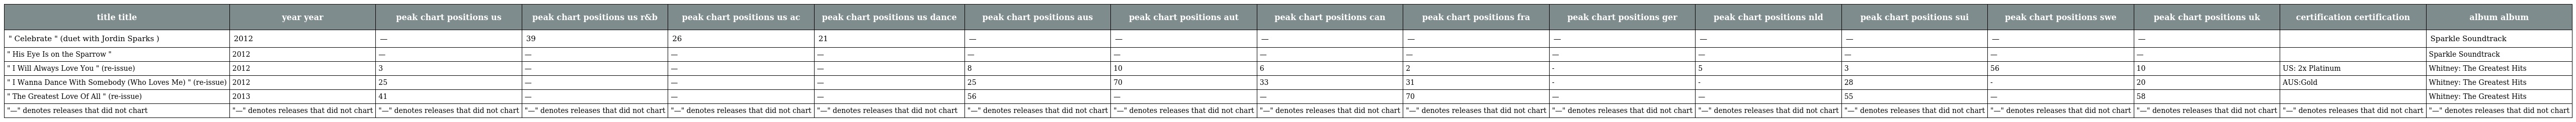
| title title | year year | peak chart positions us | peak chart positions us r&b | peak chart positions us ac | peak chart positions us dance | peak chart positions aus | peak chart positions aut | peak chart positions can | peak chart positions fra | peak chart positions ger | peak chart positions nld | peak chart positions sui | peak chart positions swe | peak chart positions uk | certification certification | album album |
 | --- | --- | --- | --- | --- | --- | --- | --- | --- | --- | --- | --- | --- | --- | --- | --- | --- |
 | " Celebrate " (duet with Jordin Sparks ) | 2012 | — | 39 | 26 | 21 | — | — | — | — | — | — | — | — | — |  | Sparkle Soundtrack |
 | " His Eye Is on the Sparrow " | 2012 | — | — | — | — | — | — | — | — | — | — | — | — | — |  | Sparkle Soundtrack |
 | " I Will Always Love You " (re-issue) | 2012 | 3 | — | — | — | 8 | 10 | 6 | 2 | - | 5 | 3 | 56 | 10 | US: 2x Platinum | Whitney: The Greatest Hits |
 | " I Wanna Dance With Somebody (Who Loves Me) " (re-issue) | 2012 | 25 | — | — | — | 25 | 70 | 33 | 31 | - | - | 28 | - | 20 | AUS:Gold | Whitney: The Greatest Hits |
 | " The Greatest Love Of All " (re-issue) | 2013 | 41 | — | — | — | 56 | — | — | 70 | — | — | 55 | — | 58 |  | Whitney: The Greatest Hits |
 | "—" denotes releases that did not chart | "—" denotes releases that did not chart | "—" denotes releases that did not chart | "—" denotes releases that did not chart | "—" denotes releases that did not chart | "—" denotes releases that did not chart | "—" denotes releases that did not chart | "—" denotes releases that did not chart | "—" denotes releases that did not chart | "—" denotes releases that did not chart | "—" denotes releases that did not chart | "—" denotes releases that did not chart | "—" denotes releases that did not chart | "—" denotes releases that did not chart | "—" denotes releases that did not chart | "—" denotes releases that did not chart | "—" denotes releases that did not chart |